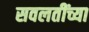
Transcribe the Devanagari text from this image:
सवलतींच्या